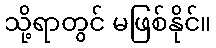
သို့ရာတွင် မဖြစ်နိုင်။